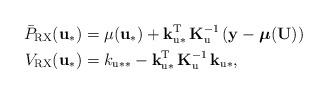
LaTeX: \begin{align*}\bar{P}_{\mathrm{RX}}(\mathbf{u}_{*}) & =\mu(\mathbf{u}_{*})+\mathbf{k}_{\mathrm{u}*}^{\mathrm{T}}\,\mathbf{K}_{\mathrm{u}}^{-1}\,(\mathbf{y-\boldsymbol{\mu}(\mathbf{U})})\\V_{\mathrm{RX}}(\mathbf{u}_{*}) & =k_{\mathrm{u}**}-\mathbf{k}_{\mathrm{u}*}^{\mathrm{T}}\,\mathbf{K}_{\mathrm{u}}^{-1}\,\mathbf{k}_{\mathrm{u}*},\end{align*}